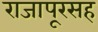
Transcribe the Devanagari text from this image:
राजापूरसह